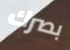
بصرك